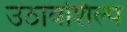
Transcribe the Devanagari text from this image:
उठावशिल्प